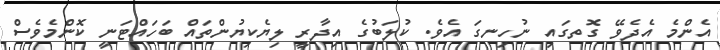
އެންމެ އެދެވޭ ގޮތގައި ނުހިނގަ އެވެ. ކުލަބުގެ އިދާރީ ލިޔެކިޔުންތައް ބަހައްޓަނީ ކޮންމެވެސް